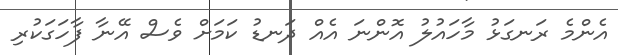
އެންމެ ރަނގަޅު މާހައުލު އޮންނަ އެއް ދަނޑު ކަަމަށް ވެސް އޭނާ ފާހަގަކުރި